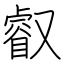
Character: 叡